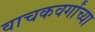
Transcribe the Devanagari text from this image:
वाचकवर्गांच्या